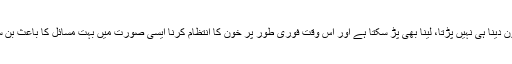
ہمیشہ خون دینا ہی نہیں پڑتا، لینا بھی پڑ سکتا ہے اور اس وقت فوری طور پر خون کا انتظام کرنا ایسی صورت میں بہت مسائل کا باعث بن سکتا ہے۔